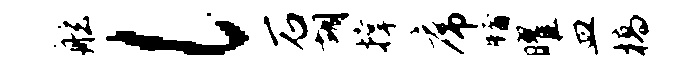
舷l石胡撑席牖曜皿槁